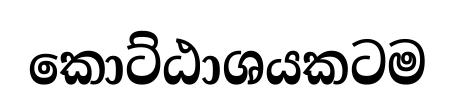
කොට්ඨාශයකටම